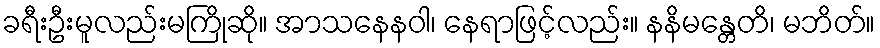
ခရီးဦးမူလည်းမကြိုဆို။ အာသနေနဝါ၊ နေရာဖြင့်လည်း။ နနိမန္တေတိ၊ မဘိတ်။